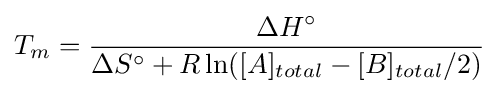
T_{m}={\frac {\Delta H^{\circ }}{\Delta S^{\circ }+R\ln([A]_{total}-[B]_{total}/2)}}